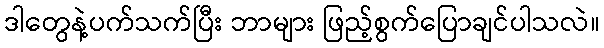
ဒါတွေနဲ့ပက်သက်ပြီး ဘာများ ဖြည့်စွက်ပြောချင်ပါသလဲ။